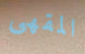
المقهى